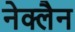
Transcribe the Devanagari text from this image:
नेक्लैन